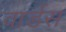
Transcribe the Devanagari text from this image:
वार्डस